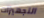
التجهيزات